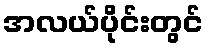
အလယ်ပိုင်းတွင်